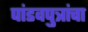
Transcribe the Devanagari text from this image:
पांडवपुत्रांचा